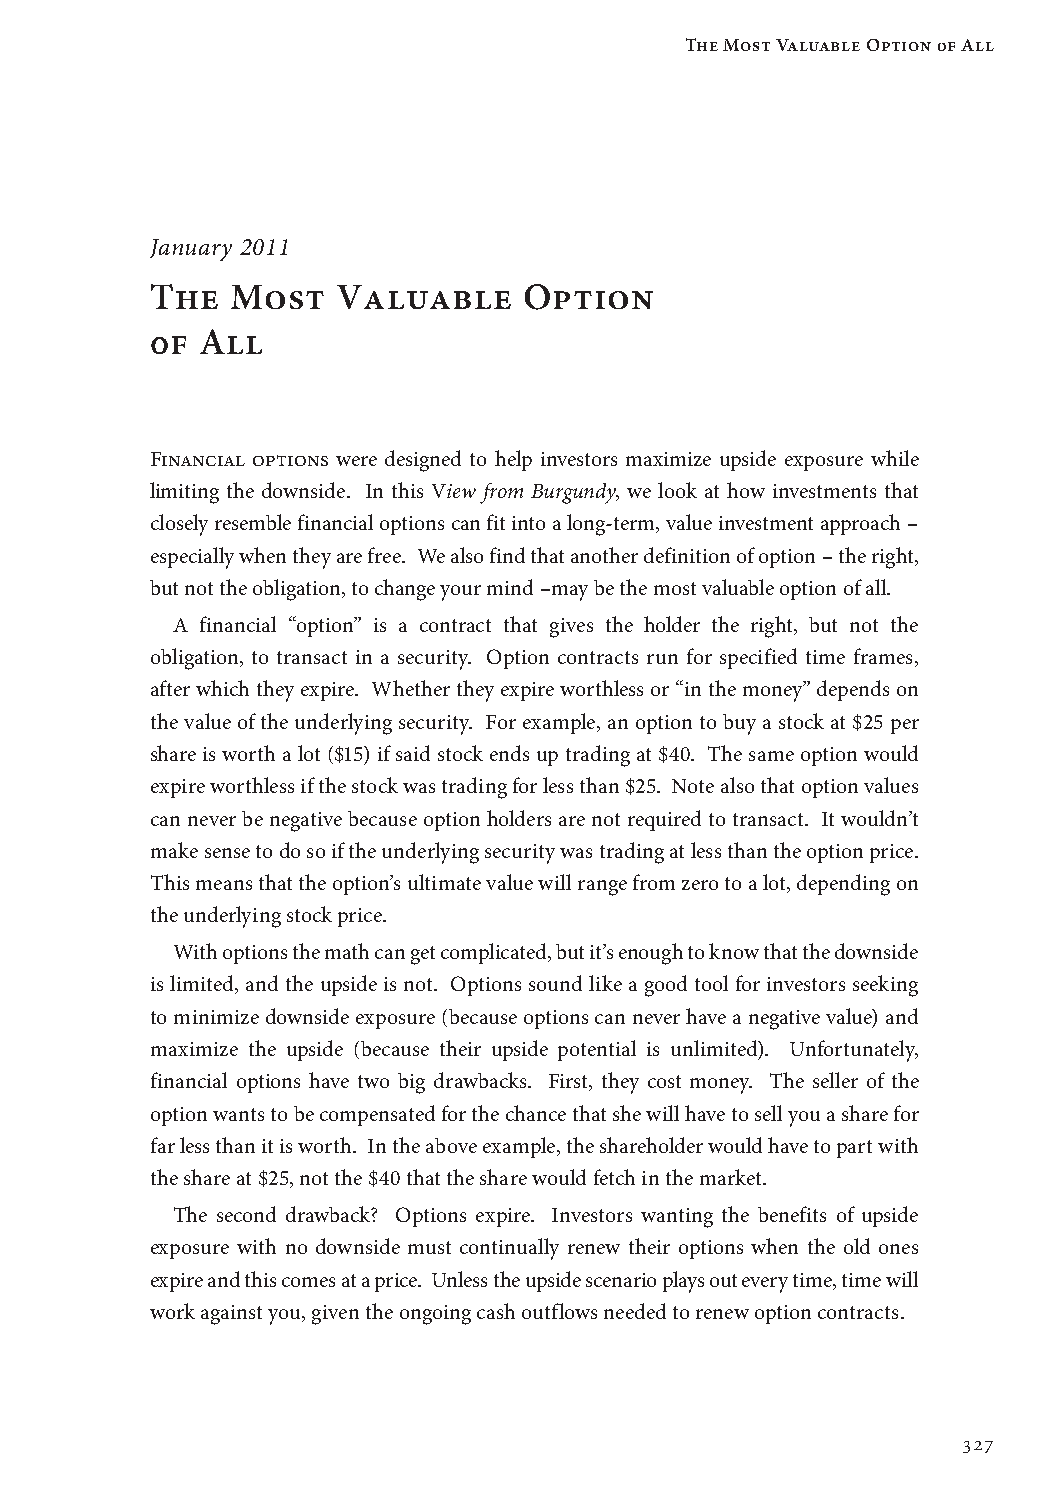
The Most Valuable Option 0f All
 January 2011
 The  Most   Valuable     Option
 0f All
 Financial options were designed to help investors maximize upside exposure while
 limiting the downside. In this View from Burgundy, we look at how investments that
 closely resemble financial options can fit into a long-term, value investment approach –
 especially when they are free. We also find that another definition of option – the right,
 but not the obligation, to change your mind –may be the most valuable option of all.
 A financial “option” is a contract that gives the holder the right, but not the
 obligation, to transact in a security. Option contracts run for specified time frames,
 after which they expire. Whether they expire worthless or “in the money” depends on
 the value of the underlying security. For example, an option to buy a stock at $25 per
 share is worth a lot ($15) if said stock ends up trading at $40. The same option would
 expire worthless if the stock was trading for less than $25. Note also that option values
 can never be negative because option holders are not required to transact. It wouldn’t
 make sense to do so if the underlying security was trading at less than the option price.
 This means that the option’s ultimate value will range from zero to a lot, depending on
 the underlying stock price.
 With options the math can get complicated, but it’s enough to know that the downside
 is limited, and the upside is not. Options sound like a good tool for investors seeking
 to minimize downside exposure (because options can never have a negative value) and
 maximize the upside (because their upside potential is unlimited). Unfortunately,
 financial options have two big drawbacks. First, they cost money. The seller of the
 option wants to be compensated for the chance that she will have to sell you a share for
 far less than it is worth. In the above example, the shareholder would have to part with
 the share at $25, not the $40 that the share would fetch in the market.
 The second drawback? Options expire. Investors wanting the benefits of upside
 exposure with no downside must continually renew their options when the old ones
 expire and this comes at a price. Unless the upside scenario plays out every time, time will
 work against you, given the ongoing cash outflows needed to renew option contracts.
 327